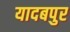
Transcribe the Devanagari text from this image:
यादबपुर